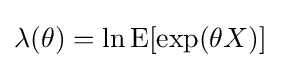
\lambda (\theta )=\ln \operatorname {E} [\exp(\theta X)]